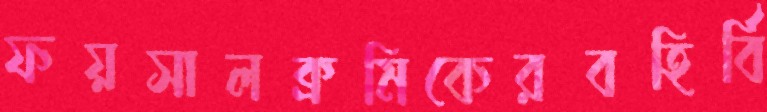
ফয়সালক্রমিকেরবহির্বি